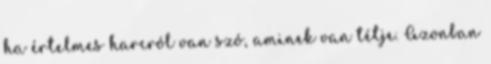
ha értelmes harcról van szó, aminek van tétje. Azonban